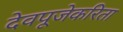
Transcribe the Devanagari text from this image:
देवपूजेकरिता